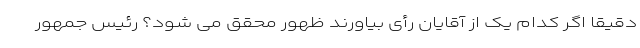
دقیقاً اگر کدام یک از آقایان رأی بیاورند ظهور محقق می شود؟ رئیس جمهور